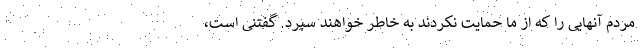
مردم آنهایی را که از ما حمایت نکردند به خاطر خواهند سپرد. گفتنی است،